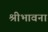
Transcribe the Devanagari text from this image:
श्रीभावना